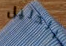
الدليل